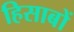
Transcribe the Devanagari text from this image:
हिसाबों